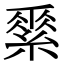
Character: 𦃃